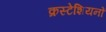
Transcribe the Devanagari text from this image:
क्रस्टेशियनों